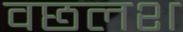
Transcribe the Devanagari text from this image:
वछलश